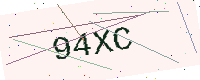
Text: 94XC